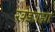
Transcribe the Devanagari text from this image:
खेडब्रह्मा